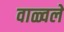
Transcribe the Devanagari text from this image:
वाळ्वले